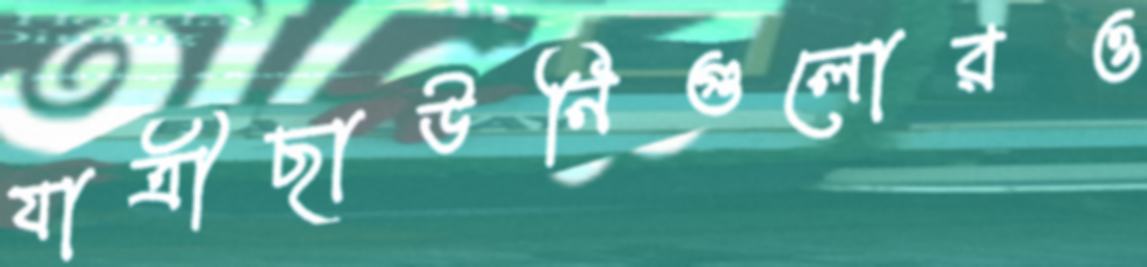
যাত্রীছাউনিগুলোরও